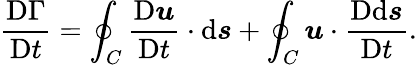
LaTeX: {\frac{\mathrm{D}\Gamma}{\mathrm{D}t}}=\oint_{C}{\frac{\mathrm{D}{\boldsymbol{u}}}{\mathrm{D}t}}\cdot\mathrm{d}{\boldsymbol{s}}+\oint_{C}{\boldsymbol{u}}\cdot{\frac{\mathrm{D}\mathrm{d}{\boldsymbol{s}}}{\mathrm{D}t}}.